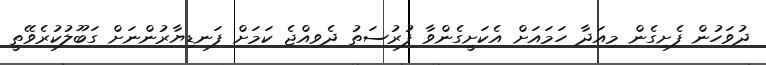
ދުވަހުން ފެށިގެން މިއަދާ ހަމައަށް އެކަށީގެންވާ ފުރުސަތު ދެވިއްޖެ ކަމަށް ފަނޑިޔާރުންނަށް ގަބޫލުކުރެވޭތީ